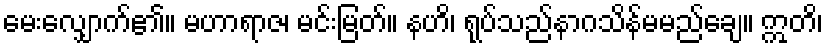
မေးလျှောက်၏။ မဟာရာဇ၊ မင်းမြတ်။ နဟိ၊ ရုပ်သည်နာဂသိန်မမည်ချေ။ ဣတိ၊